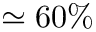
\simeq 6 0 \%